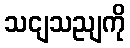
သငျသညျကို